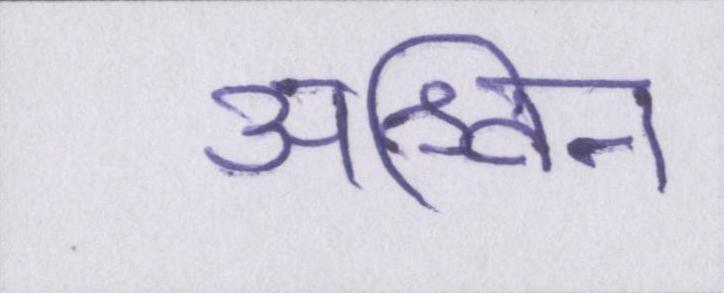
अश्विन